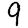
Digit: 9